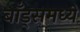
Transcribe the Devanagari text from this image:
बाँड्समध्ये